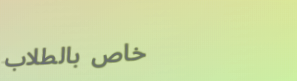
خاص بالطلاب